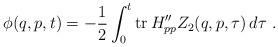
LaTeX: \begin{align*}\phi(q,p,t)=-\frac{1}{2}\int_0^t{\rm tr}\,H_{pp}''Z_2(q,p,\tau)\, d\tau \ .\end{align*}